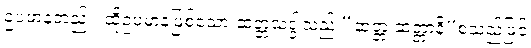
ဥပမာနတည်း၊ ထိုဥပမာနဖြစ်သော ဆတ္တသဒ္ဒါသည် “ဆတ္တံ ဆတ္တာနိ”စသည်ဖြင့်